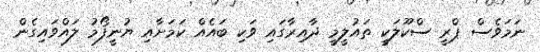
ނަމަވެސް ޕްރީ ސްކޫލަކީ ތައުލީމީ ދާއިރާގައި ވަކި ބައެއް ކަމަށާއި ޔުނީފޯމު ލައްވައިގެން